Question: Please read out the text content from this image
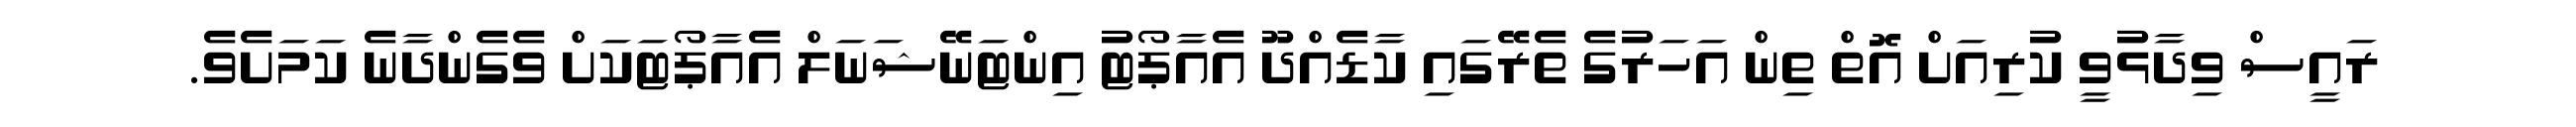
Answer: ރައީސް ވިދާޅުވީ ކުރިއަށް އޮތް ތިން އަހަރުގެ ތެރޭގައި ކާޑެއްދޫ އެއާޕޯޓު އިންޓަނޭޝަނަލް އެއާޕޯޓަކަށް ވެގެންދާނެ ކަމަށެވެ.